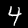
Label: 4